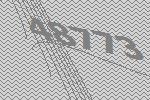
48773